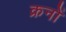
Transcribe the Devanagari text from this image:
क्रनों